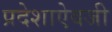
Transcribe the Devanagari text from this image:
प्रदेशाऐवजी